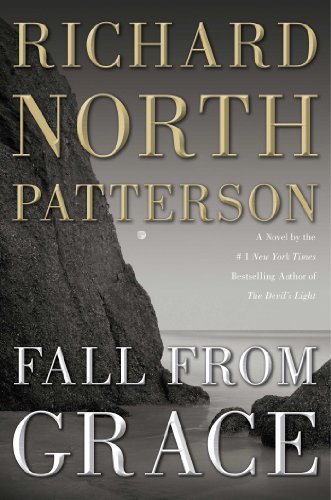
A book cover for Fall from Grace: A Novel; Richard North Patterson; Mystery, Thriller & Suspense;